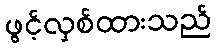
ဖွင့်လှစ်ထားသည်